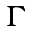
\Gamma